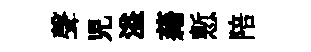
聲児溢藉慙陪